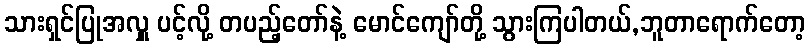
သားရှင်ပြုအလှူ ပင့်လို့ တပည့်တော်နဲ့ မောင်ကျော်တို့ သွားကြပါတယ်,ဘူတာရောက်တော့